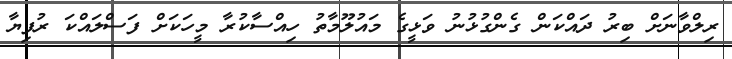
ރިލްވާނަށް ބިރު ދައްކަން ގެންގުޅުނު ވަޅީގެ މައުލޫމާތު ހިއްސާކުރާ މީހަކަށް ފަސްލައްކަ ރުފިޔާ